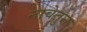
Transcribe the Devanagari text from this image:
नावेतुन